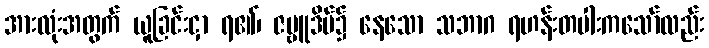
အားလုံးအတွက် ယူခြင်းငှာ ရ၏၊ ဇမ္ဗူဒိပ်၌ နေသော သဘာဂ ရဟန်းတပါးကသော်လည်း